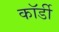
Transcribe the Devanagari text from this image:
कॉर्डी